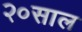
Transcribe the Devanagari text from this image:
२०साल